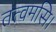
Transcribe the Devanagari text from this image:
तत्वमसि।